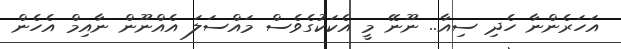
އަހަރެންނާ ހެދި ސިއާ.. ނޫނޭ މީ އެކަކުގެވެސް މައްސަލަ އެއްނޫން ނާއިމް އެހެން